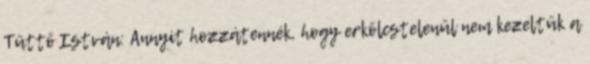
Tüttő István: Annyit hozzátennék, hogy erkölcstelenül nem kezeltük a